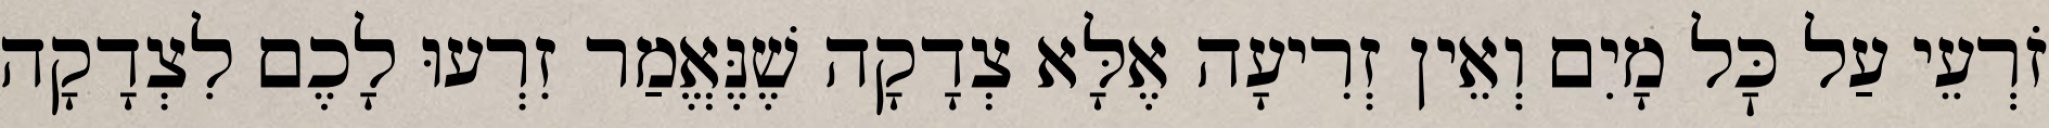
זֹרְעֵי עַל כׇּל מָיִם וְאֵין זְרִיעָה אֶלָּא צְדָקָה שֶׁנֶּאֱמַר זִרְעוּ לָכֶם לִצְדָקָה